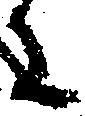
に